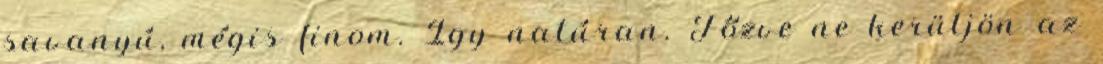
savanyú, mégis finom. Így natúran. Főzve ne kerüljön az